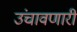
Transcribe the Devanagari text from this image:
उंचावणारी